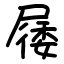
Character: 㞜